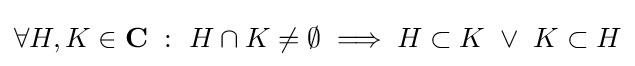
\forall H,K\in \mathbf {C} ~:~H\cap K\neq \emptyset \implies H\subset K~\lor ~K\subset H